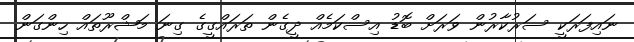
ނައިފަރަކީ ސަރުކާރުން ވަރަށް ބޮޑު އިސްކަމެއް ދީގެން ތަރައްގީގެ ގިނަ މަޝްރޫތައް ހިންގަން